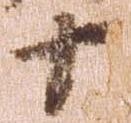
十